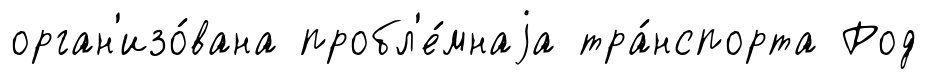
орган'изо́вана пробл'е́мнаjа тра́нспорта Род